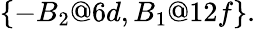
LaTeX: \{ -B_{2}@6d,B_{1}@12f\} .